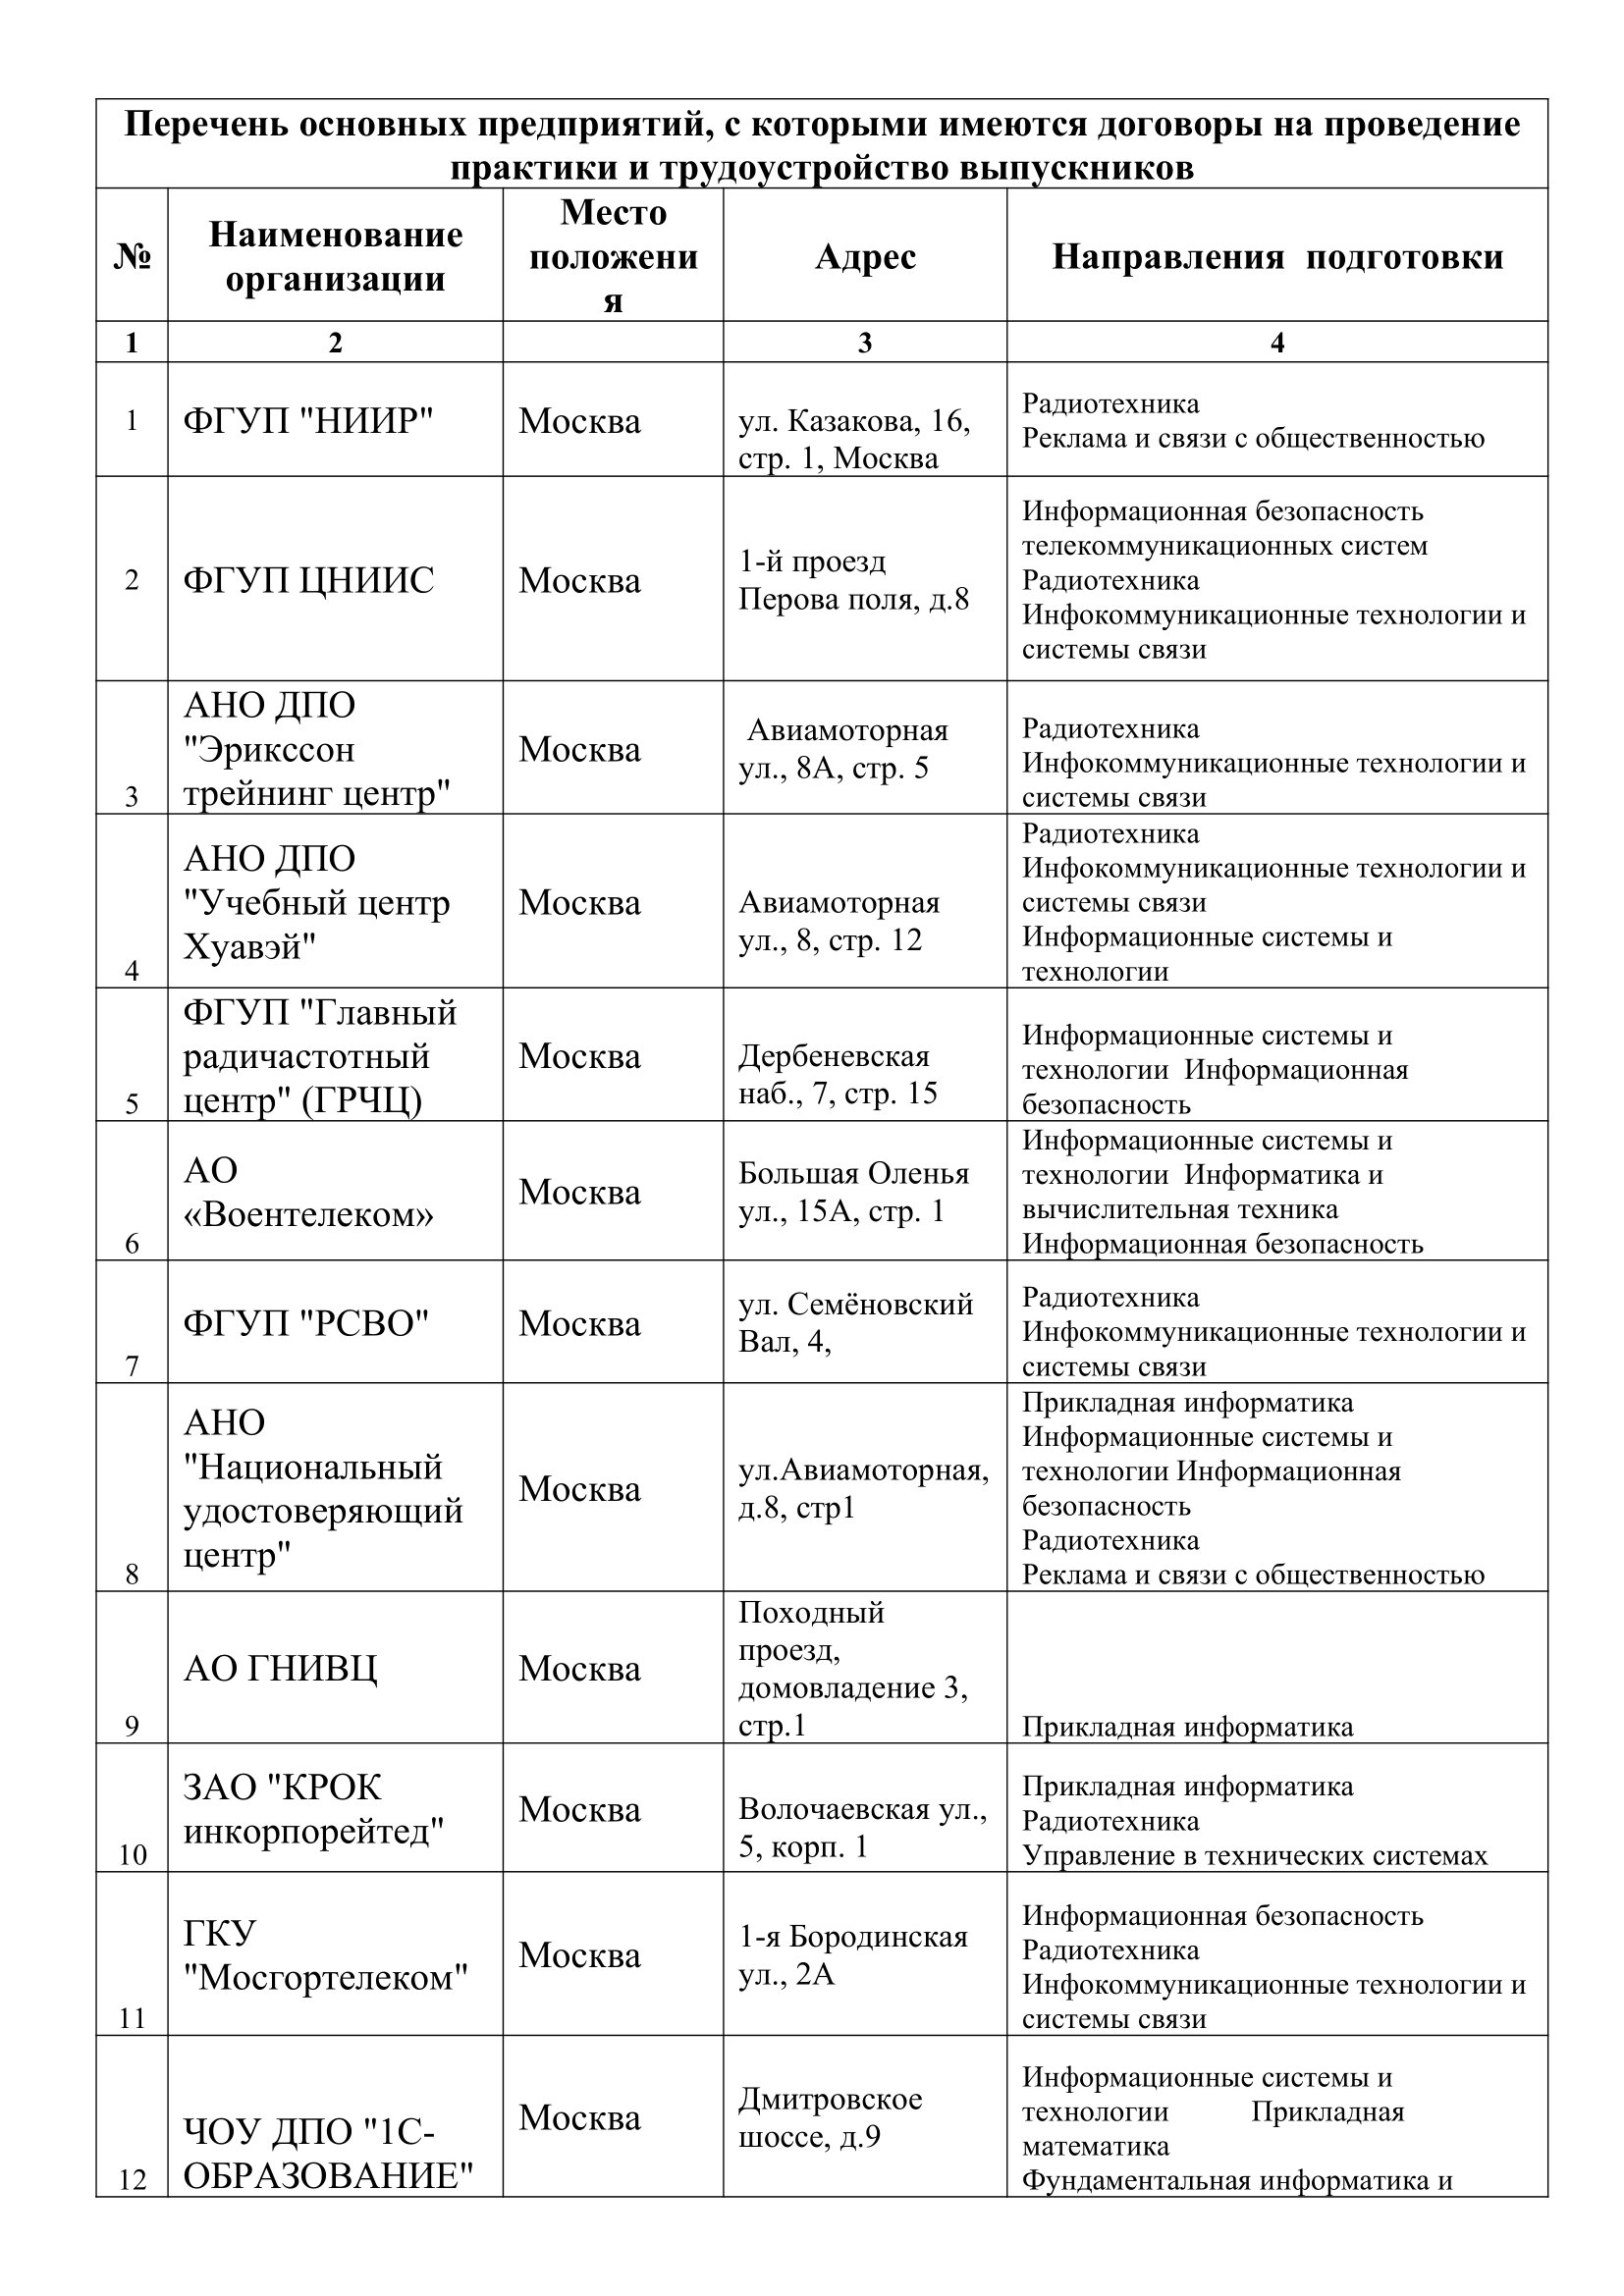
Language: ru